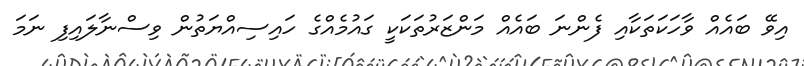
އިވޭ ބައެއް ވާހަކަތަކާއި ފެންނަ ބައެއް މަންޒަރުތަކަކީ ގައުމެއްގެ ހައިސިއްޔަތުން ވިސްނާލައިފި ނަމަ